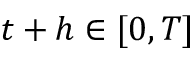
t + h \in [ 0 , T ]